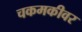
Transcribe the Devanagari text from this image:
चकमकीवर